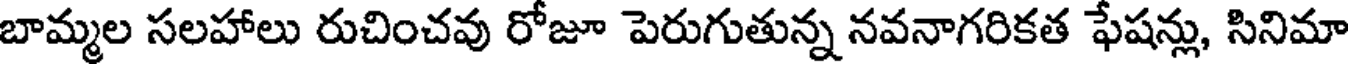
బామ్మల సలహాలు రుచించవు రోజూ పెరుగుతున్న నవనాగరికత ఫేషన్లు, సినిమా